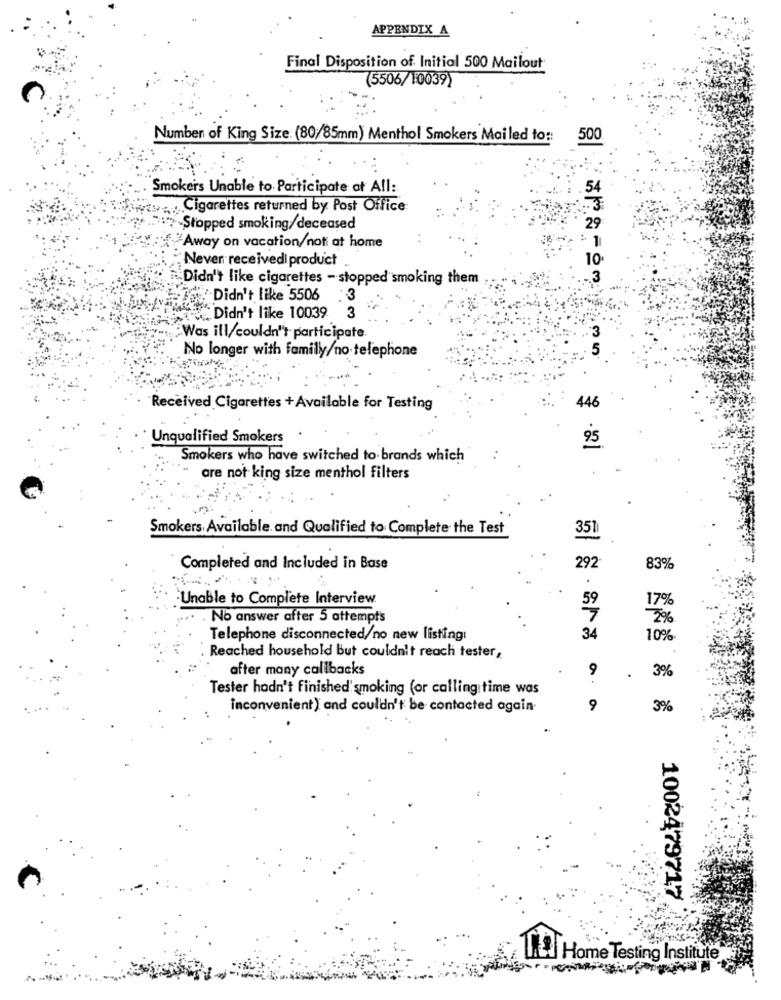
APPENDIX A
Final Disposition of Initial 500 Mailout
(5506/10039)
Number of King Size: (80/85mm) Menthol Smokers Mailed to ::
500
Smokers Unable to Participate at All:
54
Cigarettes returned by Post Office
-Stopped smoking/deceased
29
Away on vacation/noti at home
Never receivedi product
10
Didn't like cigarettes - stopped smoking them
Didn't like 5506
:3
Didn't like 10039 3
"Was ill/couldn't participate
No longer with family/no telephone
446
Received Cigarettes +Available for Testing
Unqualified Smokers
95
Smokers who have switched to brands which
are not king size menthol filters
Smokers. Available. and Qualified to Complete the Test
351
Completed and Included in Base
292
83%
Unable to Complete Interview
59
17%
... . No answer after 5 attempts
7
2%
Telephone disconnected/no new listing:
34
10%
Reached household But couldn't reach tester,
after many callbacks
9
3%
Tester hadn't finished' smoking (or calling time was
inconvenient) and couldn't be contacted again-
9
3%
1002479717
11|Home Testing Institute